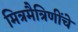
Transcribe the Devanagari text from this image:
मित्रमैत्रिणींचे